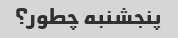
پنجشنبه چطور؟